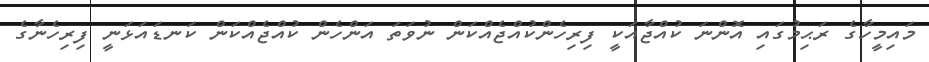
މައިމީހާގެ ރަޙިމުގައި އޮންނަ ކުއްޖާއަކީ ފިރިހެންކުއްޖެއްކަން ނުވަތަ އަންހެން ކުއްޖެއްކަން ކަނޑައަޅަނީ ފިރިހެނާގެ